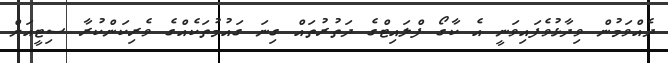
ދެއްވަމުން ވިދާޅުވެފައިވަނީ އެ ކާގޯ ފްލައިޓްގެ ދަތުރުތައް ގިނަ ގައުމުތަކެއްގެ ވެރިކަންކުރާ ސިޓީއަށް